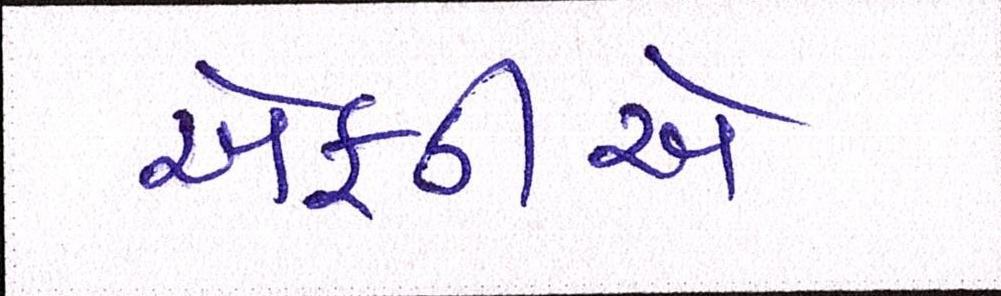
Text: એફડીએ